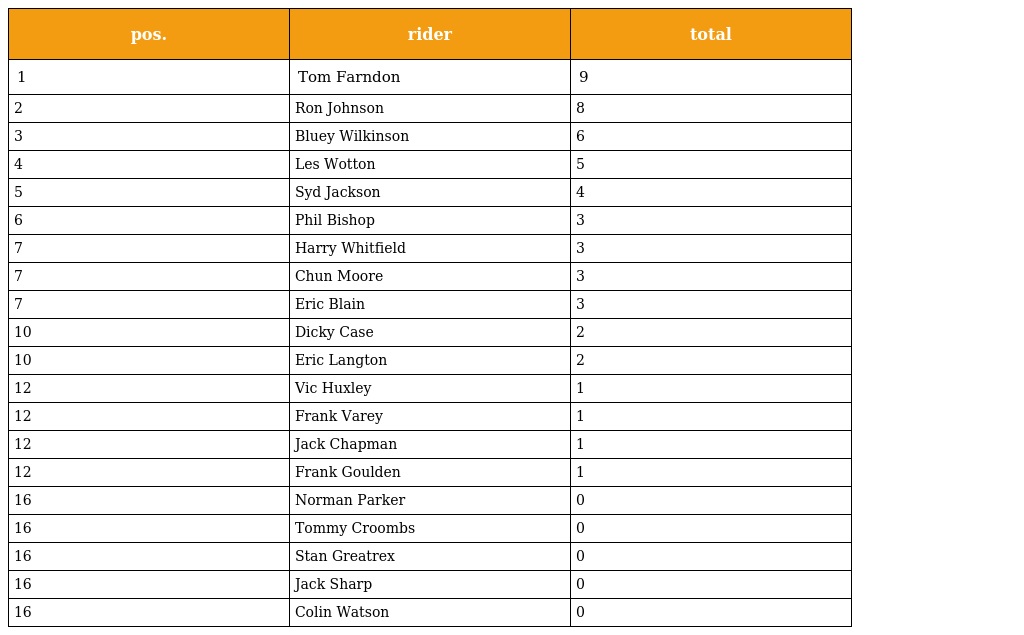
| pos. | rider | total |
 | --- | --- | --- |
 | 1 | Tom Farndon | 9 |
 | 2 | Ron Johnson | 8 |
 | 3 | Bluey Wilkinson | 6 |
 | 4 | Les Wotton | 5 |
 | 5 | Syd Jackson | 4 |
 | 6 | Phil Bishop | 3 |
 | 7 | Harry Whitfield | 3 |
 | 7 | Chun Moore | 3 |
 | 7 | Eric Blain | 3 |
 | 10 | Dicky Case | 2 |
 | 10 | Eric Langton | 2 |
 | 12 | Vic Huxley | 1 |
 | 12 | Frank Varey | 1 |
 | 12 | Jack Chapman | 1 |
 | 12 | Frank Goulden | 1 |
 | 16 | Norman Parker | 0 |
 | 16 | Tommy Croombs | 0 |
 | 16 | Stan Greatrex | 0 |
 | 16 | Jack Sharp | 0 |
 | 16 | Colin Watson | 0 |